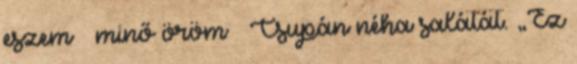
eszem – minő öröm – Csupán néha salátát. „Ez